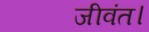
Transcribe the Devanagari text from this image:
जीवंत।